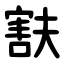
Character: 㝬